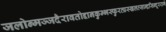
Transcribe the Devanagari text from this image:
जलोन्मज्जदैरावतोद्दानकुम्भस्फुरत्प्रस्खलत्सान्द्रसिन्दूररागे